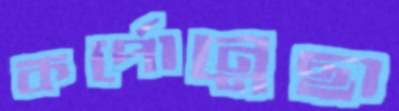
কর্পোন্নেছা